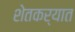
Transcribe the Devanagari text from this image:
शेतकर्यात